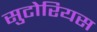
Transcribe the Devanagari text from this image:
सुटोरियस